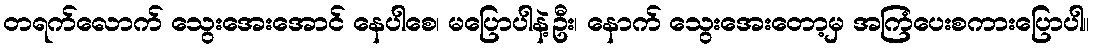
တရက်လောက် သွေးအေးအောင် နေပါစေ၊ မပြောပါနဲ့ဦး၊ နောက် သွေးအေးတော့မှ အကြံပေးစကားပြောပါ။